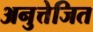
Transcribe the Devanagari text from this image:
अनुत्तेजित